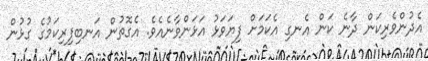
އެދުންވެރިކަން ދާނެ ކަން އެނގި އެކަމަށް ފިޔަވަޅު އަޅަންވާނެއެވެ. އެގޮތުން އަނބިފިރިކަމުގެ ގުޅުން